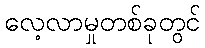
လေ့လာမှုတစ်ခုတွင်